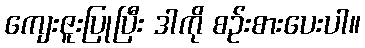
ကျေးဇူးပြုပြီး ဒါကို စဉ်းစားပေးပါ။